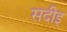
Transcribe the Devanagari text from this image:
सदीइ